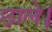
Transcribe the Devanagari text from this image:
छाले।